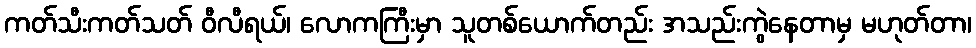
ကတ်သီးကတ်သတ် ဝီလီရယ်၊ လောကကြီးမှာ သူတစ်ယောက်တည်း အသည်းကွဲနေတာမှ မဟုတ်တာ၊